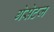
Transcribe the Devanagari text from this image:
गेसेटज